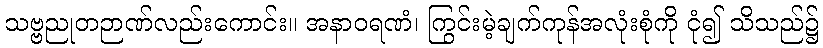
သဗ္ဗညုတဉာဏ်လည်းကောင်း။ အနာဝရဏံ၊ ကြွင်းမဲ့ချက်ကုန်အလုံးစုံကို ငုံ၍ သိသည်၌